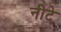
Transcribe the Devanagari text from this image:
नीटे